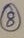
Text: 8